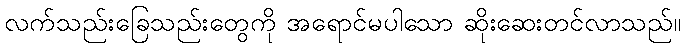
လက်သည်းခြေသည်းတွေကို အရောင်မပါသော ဆိုးဆေးတင်လာသည်။